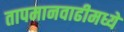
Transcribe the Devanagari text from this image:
तापमानवाढीमध्ये